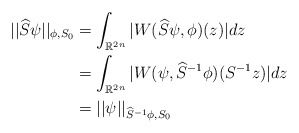
\begin{align*}||\widehat{S}\psi||_{\phi,S_{0}} & =\int_{\mathbb{R}^{2n}}|W(\widehat{S}\psi,\phi)(z)|dz\\& =\int_{\mathbb{R}^{2n}}|W(\psi,\widehat{S}^{-1}\phi)(S^{-1}z)|dz\\& =||\psi||_{\widehat{S}^{-1}\phi,S_{0}}\end{align*}